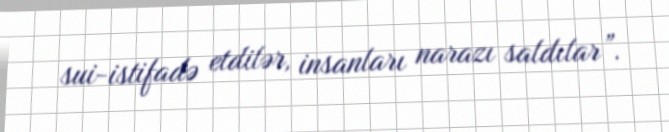
sui-istifadə etdilər, insanları narazı saldılar”.